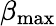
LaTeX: \beta_{\mathrm{max}}